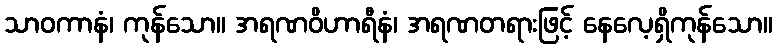
သာဝကာနံ၊ ကုန်သော။ အရဏဝိဟာရီနံ၊ အရဏတရားဖြင့် နေလေ့ရှိကုန်သော။